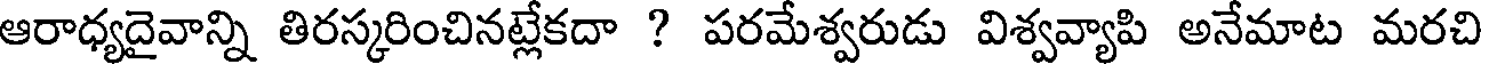
ఆరాధ్యదైవాన్ని తిరస్కరించినట్లేకదా ? పరమేశ్వరుడు విశ్వవ్యాపి అనేమాట మరచి